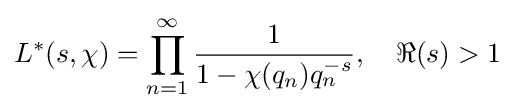
L^{*}(s,\chi )=\prod _{n=1}^{\infty }{\frac {1}{1-\chi (q_{n})q_{n}^{-s}}},\quad \Re (s)>1